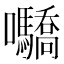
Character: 𡆌